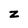
Character: z